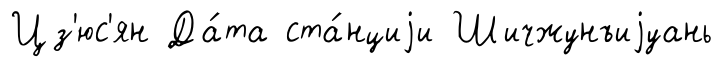
Цз'юс'ян Да́та ста́нциjи Шичжунъиjуань